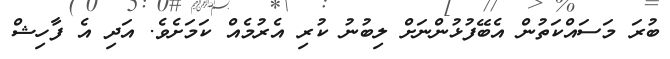
ބުރަ މަސައްކަތުން އެބޭފުޅުންނަށް ލިބުނު ކުރި އެރުމެއް ކަމަށެވެ. އަދި އެ ފާހިޝް